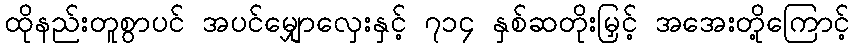
ထိုနည်းတူစွာပင် အပင်မျှောလှေးနှင့် ၇၁၄ နှစ်ဆတိုးမြှင့် အအေးတို့ကြောင့်